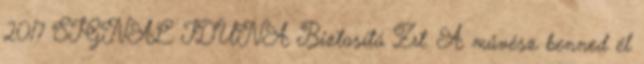
2017 SIGNAL IDUNA Biztosító Zrt. A művész benned él